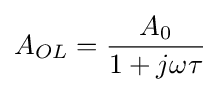
A_{OL}={\frac {A_{0}}{1+j\omega \tau }}